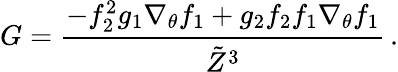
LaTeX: G=\frac{-f_{2}^{2}g_{1}\nabla_{\theta}f_{1}+g_{2}f_{2}f_{1}\nabla_{\theta}f_{1}}{\tilde{Z}^{3}}\, .